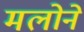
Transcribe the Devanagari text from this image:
मलोने